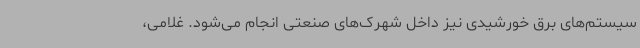
سیستم‌های برق خورشیدی نیز داخل شهرک‌های صنعتی انجام می‌شود. غلامی،